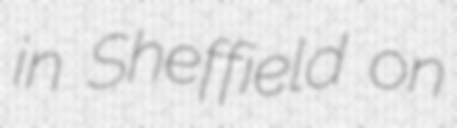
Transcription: in Sheffield on